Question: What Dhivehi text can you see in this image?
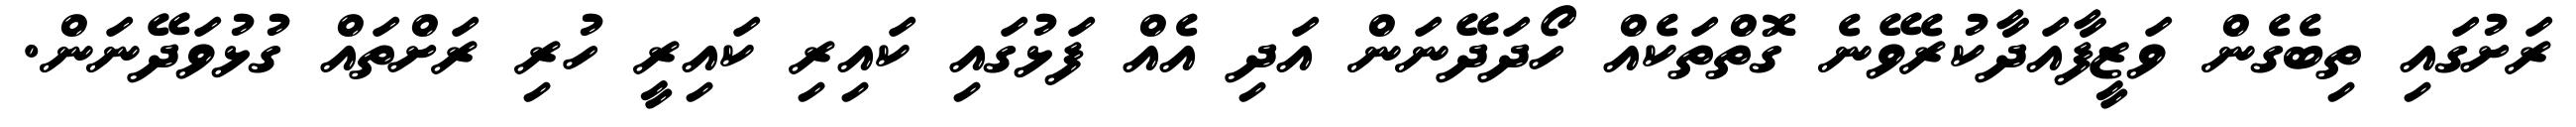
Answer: ރަށުގައި ތިބެގެން ވަޒީފާއަދާކުރެވޭނެ ގޮތްތަކެއް ހޯދަދޭނަން އަދި އެއް ފަޅުގައި ކައިރި ކައިރީ ހުރި ރަށްތައް ގުޅުވަދޭނަން.